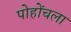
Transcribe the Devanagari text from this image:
पोहोंचला